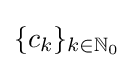
\{c_{k}\}_{k\in \mathbb {N} _{0}}